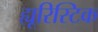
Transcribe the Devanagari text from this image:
ह्यूरिस्टिक